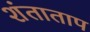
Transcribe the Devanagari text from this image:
शंताताप